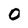
Character: 0